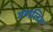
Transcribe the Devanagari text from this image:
गणलित